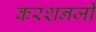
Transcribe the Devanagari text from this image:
करशनजी